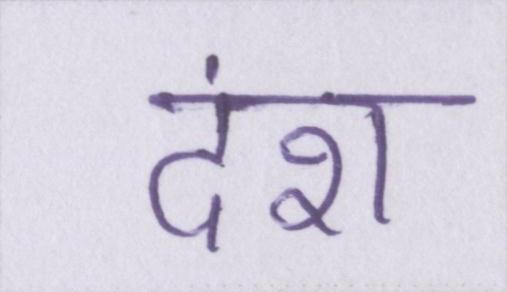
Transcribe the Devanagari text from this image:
दंश